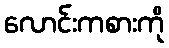
လောင်းကစားကို